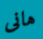
هانى